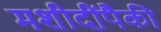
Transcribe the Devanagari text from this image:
मशीदींपैकी